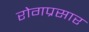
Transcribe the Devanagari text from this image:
रोगप्रसार